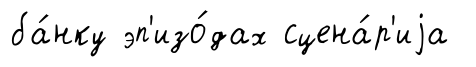
ба́нку эп'изо́дах сцена́р'иjа